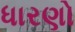
ધારણો